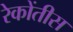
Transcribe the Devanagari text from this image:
रेकोंतीस